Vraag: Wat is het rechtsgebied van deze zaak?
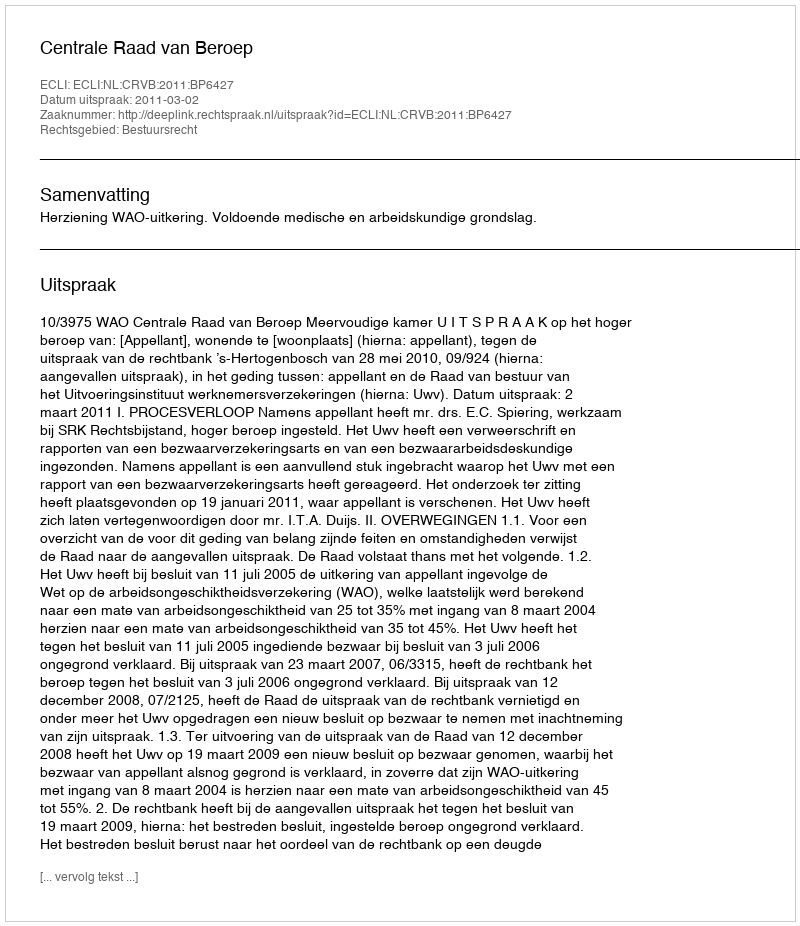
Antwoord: Bestuursrecht